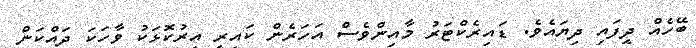
ބޭހެއް ދީފައި ދިޔައެވެ. ޑައިރެކްޓަރު މާއިންވެސް އަހަރެން ކައިރީ އިރުކޮޅަކު ވާހަކަ ދައްކަން